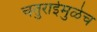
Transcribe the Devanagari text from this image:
चतुराईमुळेच